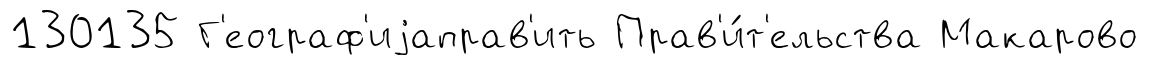
130135 Г'еограф'иjаправ'ить Прав'и́т'ельства Макарово